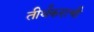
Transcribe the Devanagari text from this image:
तीर्थंकराची